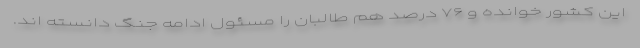
این کشور خوانده و ۷۶ درصد هم طالبان را مسئول ادامه جنگ دانسته اند.